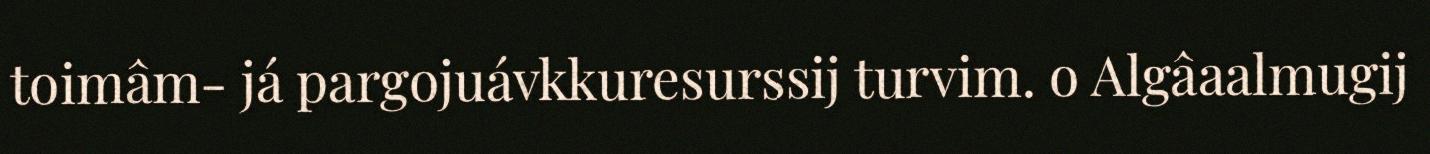
toimâm- já pargojuávkkuresurssij turvim. o Algâaalmugij